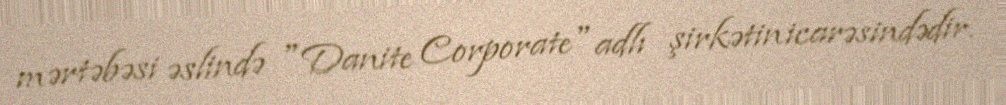
mərtəbəsi əslində "Danite Corporate" adlı şirkətin icarəsindədir.